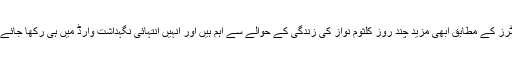
ڈاکٹرز کے مطابق ابھی مزید چند روز کلثوم نواز کی زندگی کے حوالے سے اہم ہیں اور انہیں انتہائی نگہداشت وارڈ میں ہی رکھا جائے گا۔